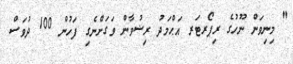
" މިނިވަން ނޫހުގެ ރިޕޯރޓަރ އަޙްމަދު ރިޟުވާން ވަގަށްނެގި ފަހުން 100 ދުވަސް